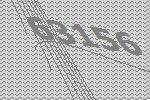
63156